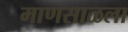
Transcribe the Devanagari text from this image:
माणसाळला